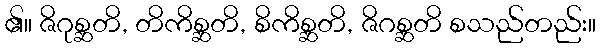
၏။ ဇိဂုစ္ဆတိ, တိကိစ္ဆတိ, စိကိစ္ဆတိ, ဇိဂစ္ဆတိ စသည်တည်း။